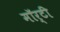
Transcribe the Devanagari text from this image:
मॉर्टी